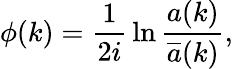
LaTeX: \phi(k)={\frac 1{2i}}\ln\frac{a(k)}{\overline{{{a}}}(k)},